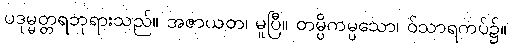
ပဒုမ္မတ္တရဘုရားသည်။ အဇာယတ၊ မူပြီ။ တမ္ပိကမ္ပသော၊ ဝ်သာရကပ်၌။